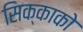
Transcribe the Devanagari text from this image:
सिक्काको